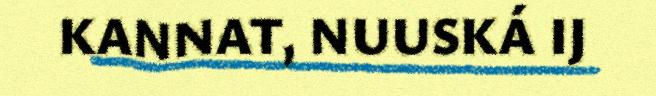
KANNAT, NUUSKÁ IJ